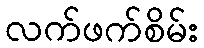
လက်ဖက်စိမ်း